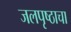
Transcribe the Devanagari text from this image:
जलपृष्ठाचा